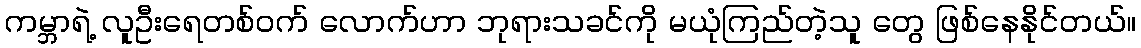
ကမ္ဘာရဲ့ လူဦးရေတစ်ဝက် လောက်ဟာ ဘုရားသခင်ကို မယုံကြည်တဲ့သူ တွေ ဖြစ်နေနိုင်တယ်။